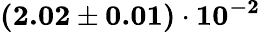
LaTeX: \mathbf{(2.02\pm 0.01)\cdot 10^{-2}}